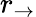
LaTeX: r_{\rightarrow}